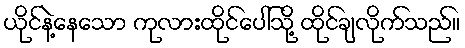
ယိုင်နဲ့နေသော ကုလားထိုင်ပေါ်သို့ ထိုင်ချလိုက်သည်။